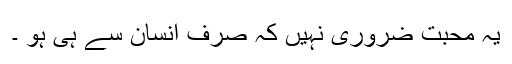
یہ محبت ضروری نہیں کہ صرف انسان سے ہی ہو ۔